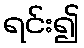
ရင်း၍